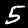
Digit: 5